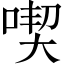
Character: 喫